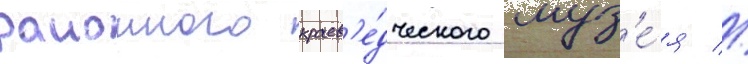
раионного краев'е́дческого муз'е́я //